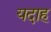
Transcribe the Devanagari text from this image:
यदाह